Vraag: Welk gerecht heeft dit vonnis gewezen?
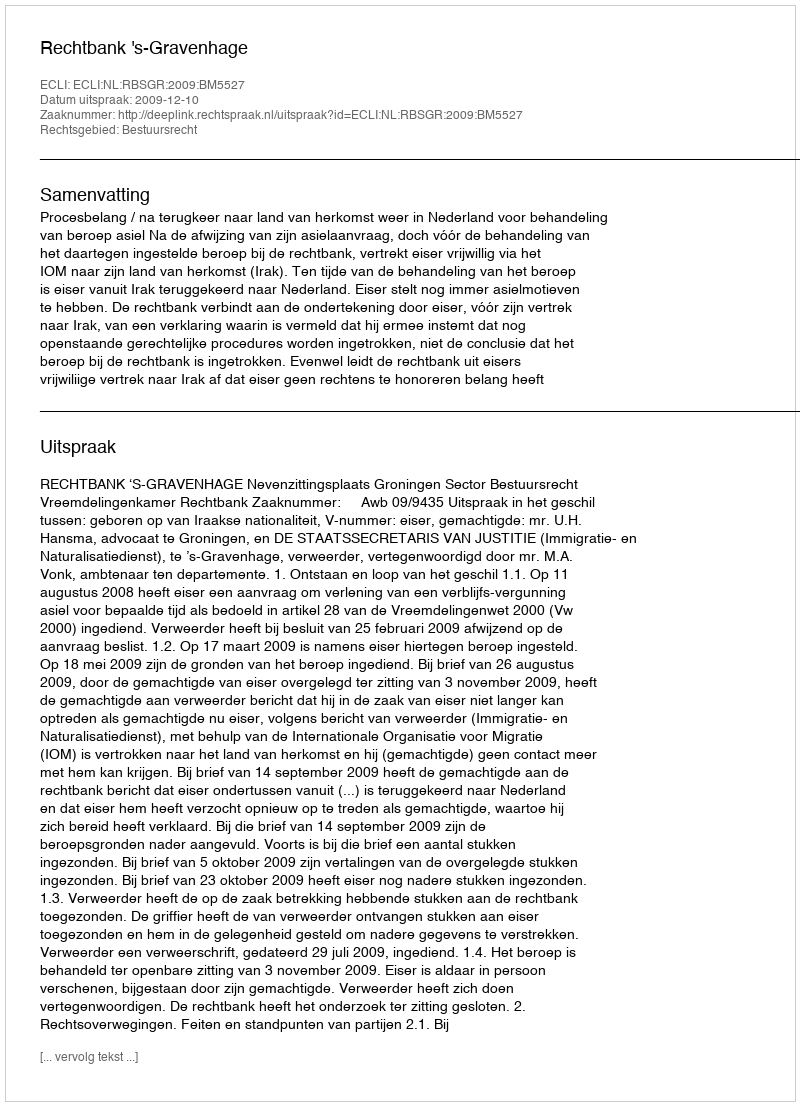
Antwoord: Rechtbank 's-Gravenhage